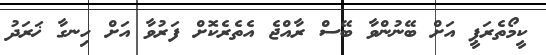
ކީމޯތެރަޕީ އަށް ބޭނުންވާ ބޭސް ރާއްޖެ އެތެރެކޮށް ފަރުވާ އަށް ހިނގާ ޚަރަދު